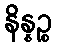
နိန္နဉ္စ